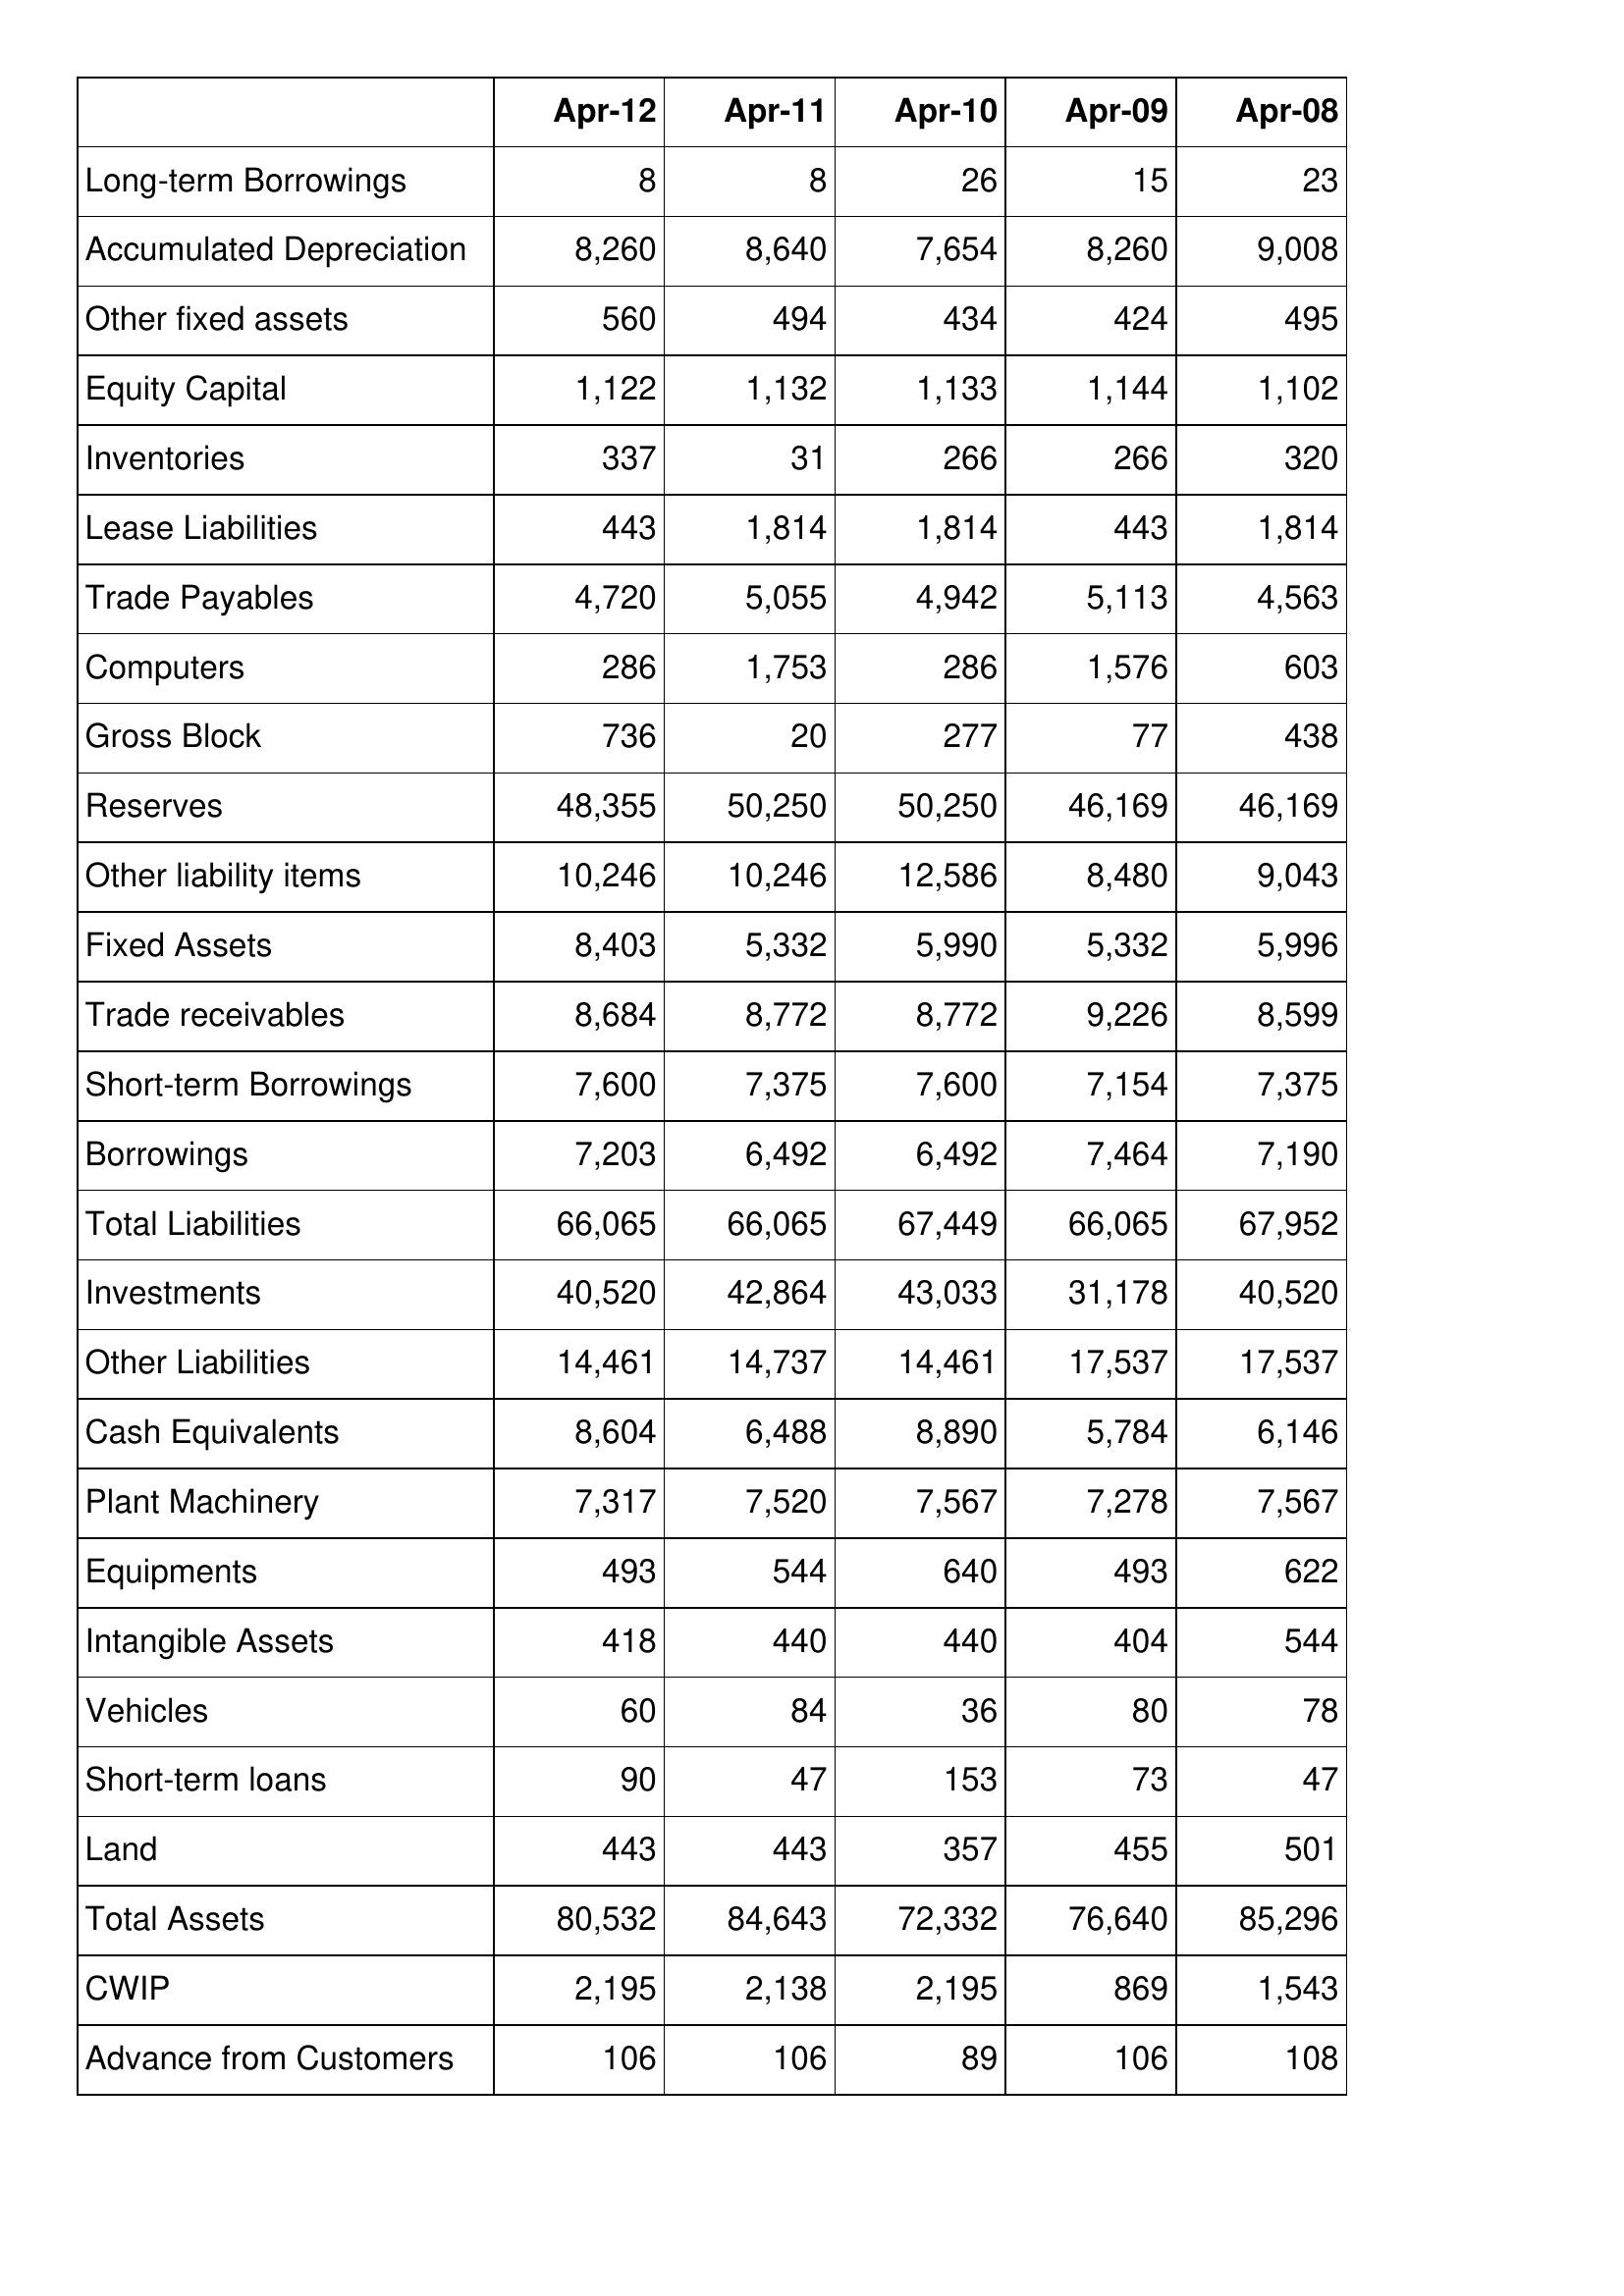
Apr-12: Balance Sheet: Long-term Borrowings: 8
Accumulated Depreciation: 8,260
Other fixed assets: 560
Equity Capital: 1,122
Inventories: 337
Lease Liabilities: 443
Trade Payables: 4,720
Computers: 286
Gross Block: 736
Reserves: 48,355
Other liability items: 10,246
Fixed Assets: 8,403
Trade receivables: 8,684
Short-term Borrowings: 7,600
Borrowings: 7,203
Total Liabilities: 66,065
Investments: 40,520
Other Liabilities: 14,461
Cash Equivalents: 8,604
Plant Machinery: 7,317
Equipments: 493
Intangible Assets: 418
Vehicles: 60
Short-term loans: 90
Land: 443
Total Assets: 80,532
CWIP: 2,195
Advance from Customers: 106
Apr-11: Balance Sheet: Long-term Borrowings: 8
Accumulated Depreciation: 8,640
Other fixed assets: 494
Equity Capital: 1,132
Inventories: 31
Lease Liabilities: 1,814
Trade Payables: 5,055
Computers: 1,753
Gross Block: 20
Reserves: 50,250
Other liability items: 10,246
Fixed Assets: 5,332
Trade receivables: 8,772
Short-term Borrowings: 7,375
Borrowings: 6,492
Total Liabilities: 66,065
Investments: 42,864
Other Liabilities: 14,737
Cash Equivalents: 6,488
Plant Machinery: 7,520
Equipments: 544
Intangible Assets: 440
Vehicles: 84
Short-term loans: 47
Land: 443
Total Assets: 84,643
CWIP: 2,138
Advance from Customers: 106
Apr-10: Balance Sheet: Long-term Borrowings: 26
Accumulated Depreciation: 7,654
Other fixed assets: 434
Equity Capital: 1,133
Inventories: 266
Lease Liabilities: 1,814
Trade Payables: 4,942
Computers: 286
Gross Block: 277
Reserves: 50,250
Other liability items: 12,586
Fixed Assets: 5,990
Trade receivables: 8,772
Short-term Borrowings: 7,600
Borrowings: 6,492
Total Liabilities: 67,449
Investments: 43,033
Other Liabilities: 14,461
Cash Equivalents: 8,890
Plant Machinery: 7,567
Equipments: 640
Intangible Assets: 440
Vehicles: 36
Short-term loans: 153
Land: 357
Total Assets: 72,332
CWIP: 2,195
Advance from Customers: 89
Apr-09: Balance Sheet: Long-term Borrowings: 15
Accumulated Depreciation: 8,260
Other fixed assets: 424
Equity Capital: 1,144
Inventories: 266
Lease Liabilities: 443
Trade Payables: 5,113
Computers: 1,576
Gross Block: 77
Reserves: 46,169
Other liability items: 8,480
Fixed Assets: 5,332
Trade receivables: 9,226
Short-term Borrowings: 7,154
Borrowings: 7,464
Total Liabilities: 66,065
Investments: 31,178
Other Liabilities: 17,537
Cash Equivalents: 5,784
Plant Machinery: 7,278
Equipments: 493
Intangible Assets: 404
Vehicles: 80
Short-term loans: 73
Land: 455
Total Assets: 76,640
CWIP: 869
Advance from Customers: 106
Apr-08: Balance Sheet: Long-term Borrowings: 23
Accumulated Depreciation: 9,008
Other fixed assets: 495
Equity Capital: 1,102
Inventories: 320
Lease Liabilities: 1,814
Trade Payables: 4,563
Computers: 603
Gross Block: 438
Reserves: 46,169
Other liability items: 9,043
Fixed Assets: 5,996
Trade receivables: 8,599
Short-term Borrowings: 7,375
Borrowings: 7,190
Total Liabilities: 67,952
Investments: 40,520
Other Liabilities: 17,537
Cash Equivalents: 6,146
Plant Machinery: 7,567
Equipments: 622
Intangible Assets: 544
Vehicles: 78
Short-term loans: 47
Land: 501
Total Assets: 85,296
CWIP: 1,543
Advance from Customers: 108